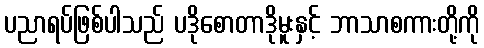
ပညာရပ်ဖြစ်ပါသည် ပဒိုစောတာဒိုမူးနှင့် ဘာသာစကားတို့ကို